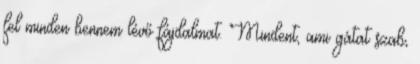
fel minden bennem lévő fájdalmat. Mindent, ami gátat szab,